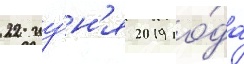
22 иу́н'я 2019 го́да